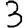
Digit: 3